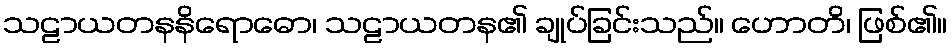
သဠာယတနနိရောဓော၊ သဠာယတန၏ ချုပ်ခြင်းသည်။ ဟောတိ၊ ဖြစ်၏။